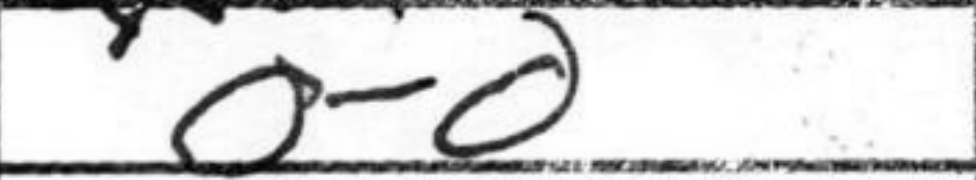
Transcription: O-O